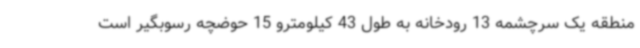
منطقه یک سرچشمه 13 رودخانه به طول 43 کیلومترو 15 حوضچه رسوبگیر است